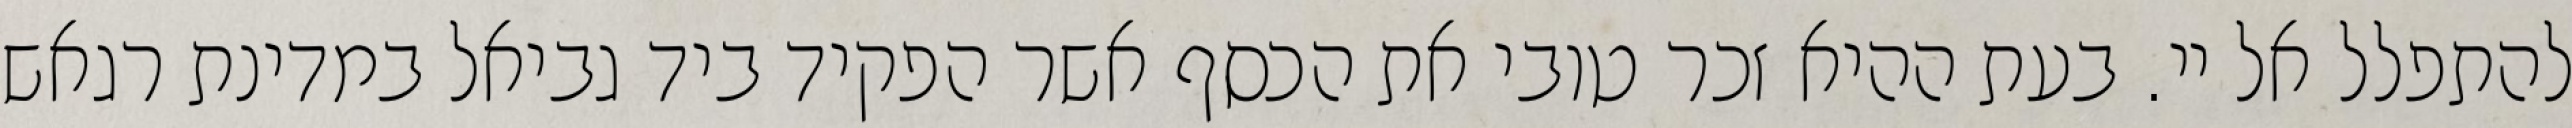
להתפלל אל יי. בעת ההיא זכר טובי את הכסף אשר הפקיד ביד גביאל במדינת רגאש